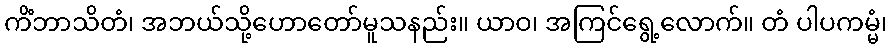
ကိံဘာသိတံ၊ အဘယ်သို့ဟောတော်မူသနည်း။ ယာဝ၊ အကြင်ရွေ့လောက်။ တံ ပါပကမ္မံ၊